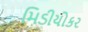
મિડીયોકર